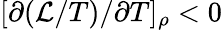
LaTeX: [\partial(\mathcal{L}/T)/\partial T]_{\rho}<0